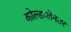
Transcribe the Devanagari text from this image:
कोल्डप्लेनंतर